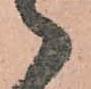
々